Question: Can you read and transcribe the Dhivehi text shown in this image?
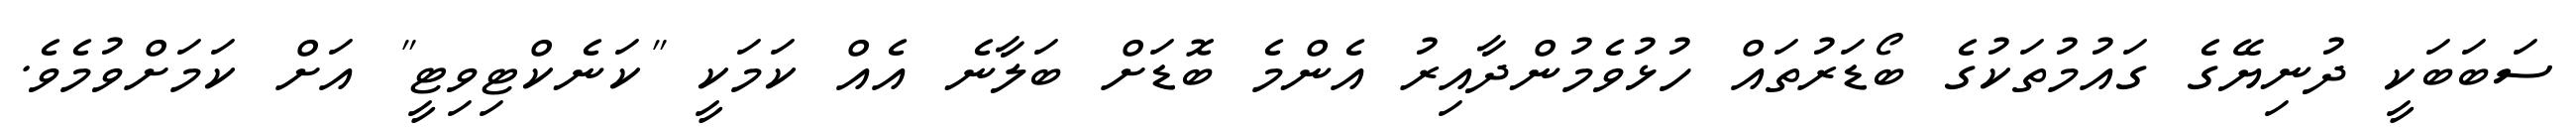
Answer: ސަބަބަކީ ދުނިޔޭގެ ގައުމުތަކުގެ ބޯޑަރުތައް ހުޅުވެމުންދާއިރު އެންމެ ބޮޑަށް ބަލާނެ އެއް ކަމަކީ "ކަނެކްޓިވިޓީ" އަށް ކަމަށްވުމެވެ.